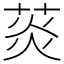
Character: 菼